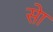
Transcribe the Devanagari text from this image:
सेा